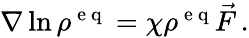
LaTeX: \begin{array}{r}{\nabla\ln\rho^{\mathrm{~e~q~}}=\chi\rho^{\mathrm{~e~q~}}\vec{F}\, .}\end{array}